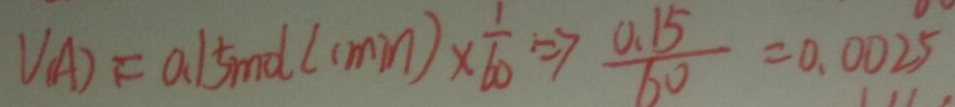
V _ { ( A ) } = 0 . 1 5 m d ( c \min ) \times \frac { 1 } { 6 0 } \Rightarrow \frac { 0 . 1 5 } { 6 0 } = 0 . 0 0 2 5